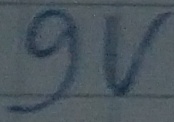
Text: 9V